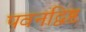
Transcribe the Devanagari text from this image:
पवनद्विष्ट